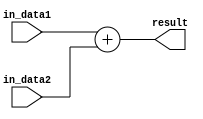
`timescale 1ns / 1ps
////////////////////////////////////////////////////////////////////////////////
// Group : 7
// Members : 
// Battala Vamshi Krishna - 19CS10019
// Mahajan Rohan Raj - 19CS10042
// Assignment - 7
////////////////////////////////////////////////////////////////////////////////
module add_32_bit(
		in_data1,
		in_data2,
		result
    );
input [31:0] in_data1, in_data2;
output [31:0] result;

assign result = in_data1 + in_data2;
endmodule